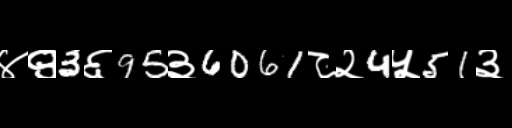
Text: ४९3६95३6061८२4५51३